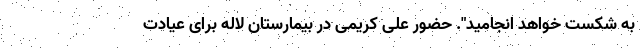
به شکست خواهد انجامید". حضور على كريمى در بيمارستان لاله برای عیادت